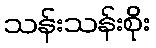
သန်းသန်းစိုး